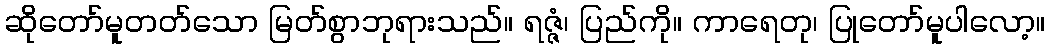
ဆိုတော်မူတတ်သော မြတ်စွာဘုရားသည်။ ရဇ္ဇံ၊ ပြည်ကို။ ကာရေတု၊ ပြုတော်မူပါလော့။